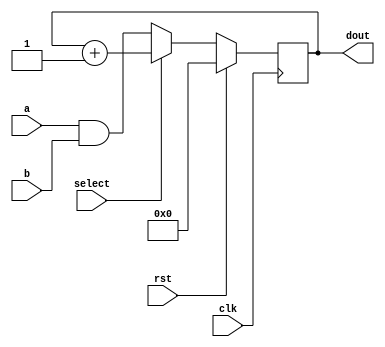
module Counter (
    clk,
    rst,
    select,
    a,
    b,
    dout
);
    input clk, rst, select;
    input [3:0] a, b;
    output reg [3:0] dout;

    always @(posedge clk) begin
        if (rst == 1) begin
            dout <= 4'b0000;
        end else if (select == 1) begin
            dout <= dout + 1;
        end else begin
            dout <= a & b;
        end
    end

endmodule